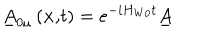
\underline { { { A } } } _ { 0 \mu } \left( \mathbf { x , } t \right) = e ^ { - i H _ { W 0 } t } \underline { { { A } } }